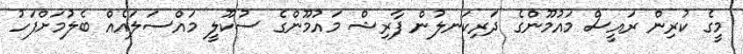
މީގެ ކުރިން ރައީސް މައުމޫންގެ ދަރިކަނލުން ފާރިޝް މައުމޫންގެ ސުކޫލީ މައްސަލައެއް ބެލުމަށްފަހު